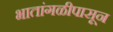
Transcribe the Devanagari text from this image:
भातांगळीपासून